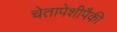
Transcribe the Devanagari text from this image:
चेतापेशीपैकी